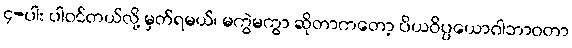
၄-ပါး ပါဝင်တယ်လို့ မှတ်ရမယ်၊ မကွဲမကွာ ဆိုတာကတော့ ပိယဝိပ္ပယောဂါဘာဝတာ